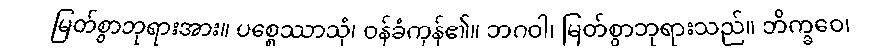
မြတ်စွာဘုရားအား။ ပစ္စေဿာသုံ၊ ဝန်ခံကုန်၏။ ဘဂဝါ၊ မြတ်စွာဘုရားသည်။ ဘိက္ခဝေ၊